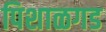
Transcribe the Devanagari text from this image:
पिशाळगड